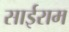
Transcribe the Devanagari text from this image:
साईराम